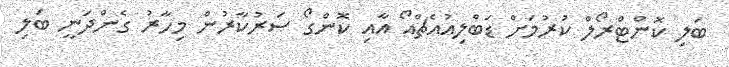
ބަލި ކޮންޓްރޯލް ކުރުމަށް ޑަބްލިއުއެޗްއޯ އާއި ކޮންގޯ ސަރުކާރުން މިހާރު ގެންދަނީ ބަލި